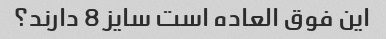
این فوق العاده است سایز 8 دارند؟